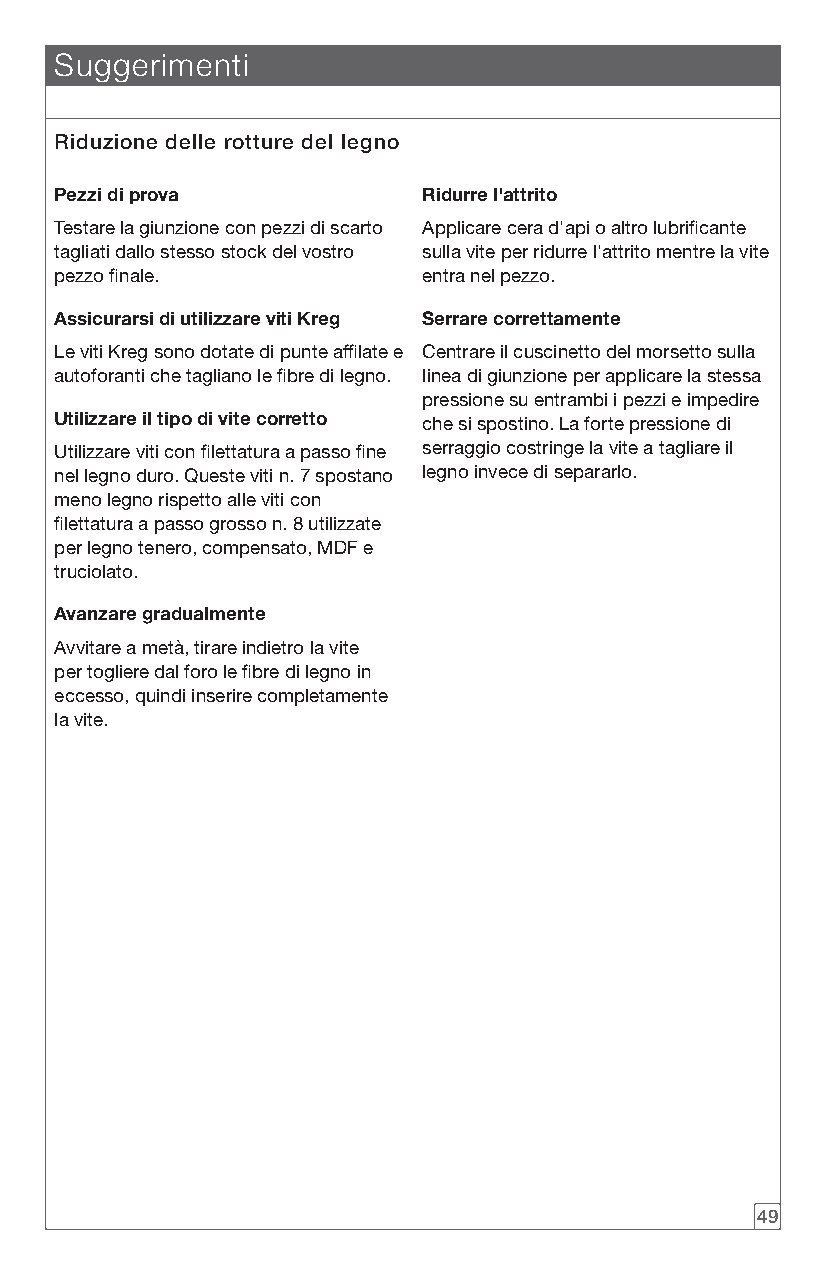
Suggerimenti
 Riduzione delle rotture del legno
 Pezzi di prova          Ridurre l'attrito
 Testare la giunzione con pezzi di scarto Applicare cera d'api o altro lubrificante
 tagliati dallo stesso stock del vostro sulla vite per ridurre l'attrito mentre la vite
 pezzo finale.           entra nel pezzo.
 Assicurarsi di utilizzare viti Kreg Serrare correttamente
 Le viti Kreg sono dotate di punte affilate e Centrare il cuscinetto del morsetto sulla
 autoforanti che tagliano le fibre di legno. linea di giunzione per applicare la stessa
 pressione su entrambi i pezzi e impedire
 Utilizzare il tipo di vite corretto che si spostino. La forte pressione di
 Utilizzare viti con filettatura a passo fine serraggio costringe la vite a tagliare il
 nel legno duro. Queste viti n. 7 spostano legno invece di separarlo.
 meno legno rispetto alle viti con
 filettatura a passo grosso n. 8 utilizzate
 per legno tenero, compensato, MDF e
 truciolato.
 Avanzare gradualmente
 Avvitare a metà, tirare indietro la vite
 per togliere dal foro le fibre di legno in
 eccesso, quindi inserire completamente
 la vite.
 49